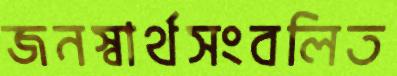
জনস্বার্থসংবলিত